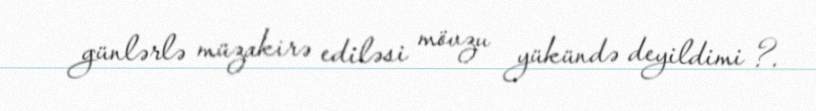
günlərlə müzakirə ediləsi mövzu yükündə deyildimi ?.